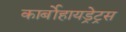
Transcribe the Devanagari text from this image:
कार्बोहायड्रेट्रस